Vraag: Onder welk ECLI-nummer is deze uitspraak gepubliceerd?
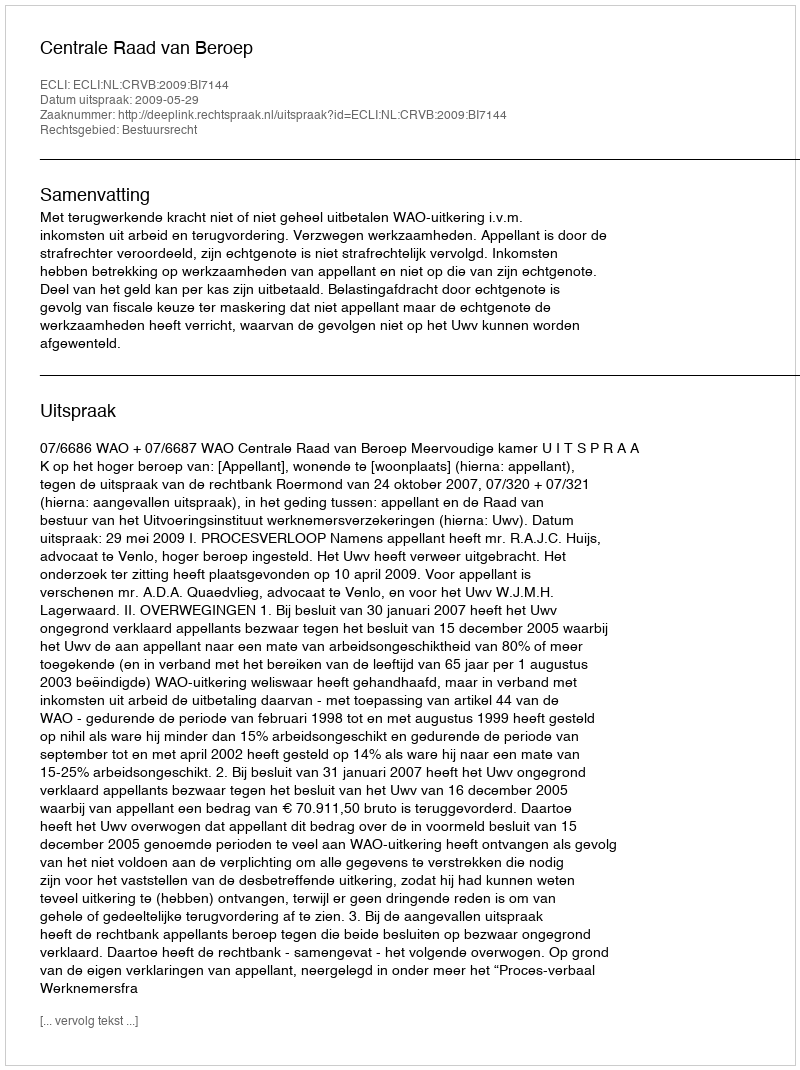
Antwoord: ECLI:NL:CRVB:2009:BI7144